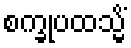
စက္ခုပထသ္မိံ